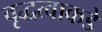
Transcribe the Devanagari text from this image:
वृद्धत्वाकडे